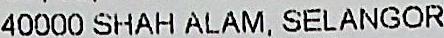
40000 SHAH ALAM, SELANGOR